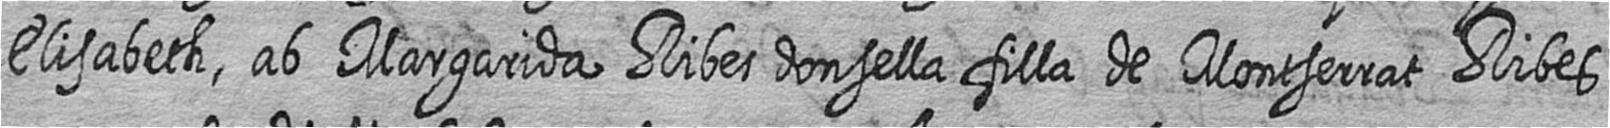
Elisabeth ab Margarida Ribes donsella filla de Montserrat Ribes